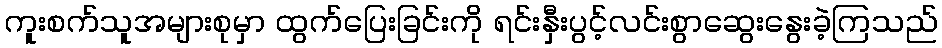
ကူးစက်သူအများစုမှာ ထွက်ပြေးခြင်းကို ရင်းနှီးပွင့်လင်းစွာဆွေးနွေးခဲ့ကြသည်